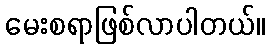
မေးစရာဖြစ်လာပါတယ်။